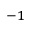
^ { - 1 }